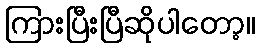
ကြားပြီးပြီဆိုပါတော့။